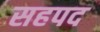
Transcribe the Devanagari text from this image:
सहपद